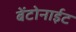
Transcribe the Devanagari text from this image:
बेंटोनाईट